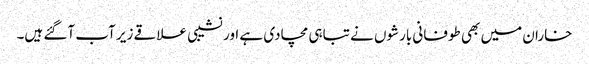
خاران میں بھی طوفانی بارشوں نے تباہی مچادی ہے اور نشیبی علاقے زیر آب آگئے ہیں۔